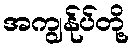
အကျွန်ုပ်တို့